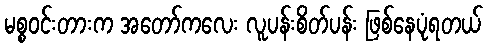
မစ္စဝင်းတားက အတော်ကလေး လူပန်းစိတ်ပန်း ဖြစ်နေပုံရတယ်